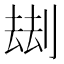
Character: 𠞗